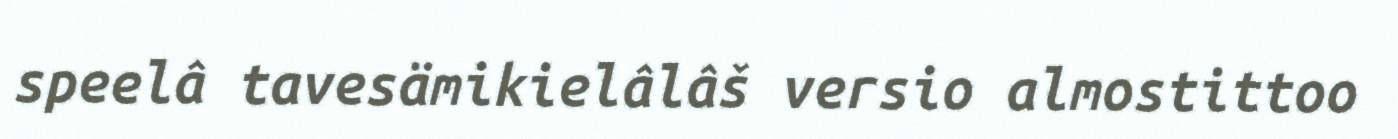
speelâ tavesämikielâlâš versio almostittoo